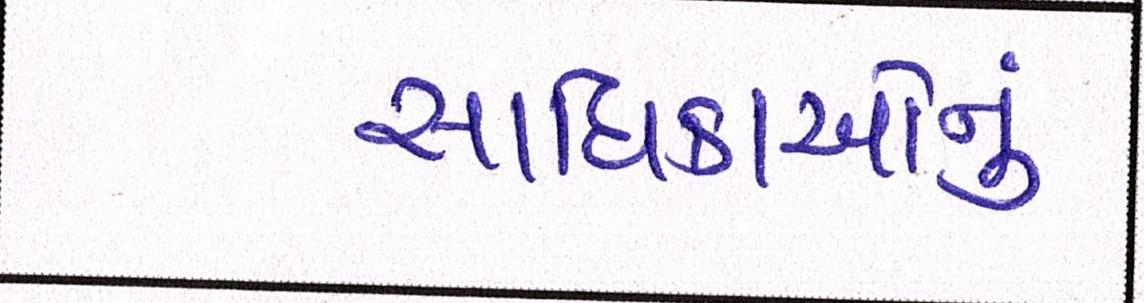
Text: સાધિકાઓનું